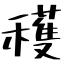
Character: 穫